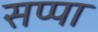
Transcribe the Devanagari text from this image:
सप्पा